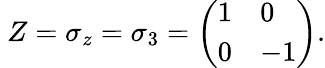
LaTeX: \ Z=\sigma_{z}=\sigma_{3}=\left(\begin{array}{ll}{1}&{0}\\ {0}&{-1}\end{array}\right).